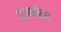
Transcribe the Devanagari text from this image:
धड़कतेना